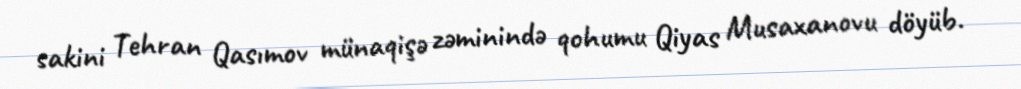
sakini Tehran Qasımov münaqişə zəminində qohumu Qiyas Musaxanovu döyüb.